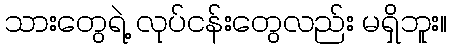
သားတွေရဲ့ လုပ်ငန်းတွေလည်း မရှိဘူး။